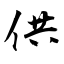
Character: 供